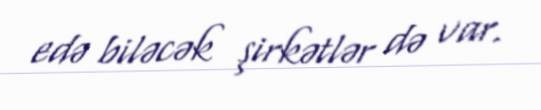
edə biləcək şirkətlər də var.